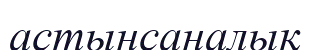
астынсаналық